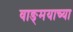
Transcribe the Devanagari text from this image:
वाङ्‍मयाच्या